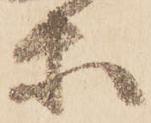
等